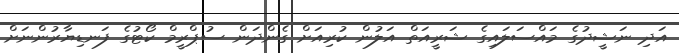
އަދި ނަޝީދުގެ މައްސަލައިގެ ޝަރީއަތް އަލުން ކުރިއަށް ގެންދަން ސުޕްރީމް ކޯޓުގެ ފަނޑިޔާރުންނަށް